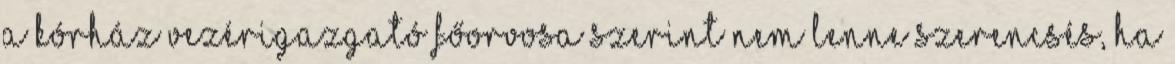
a kórház vezérigazgató főorvosa szerint nem lenne szerencsés, ha